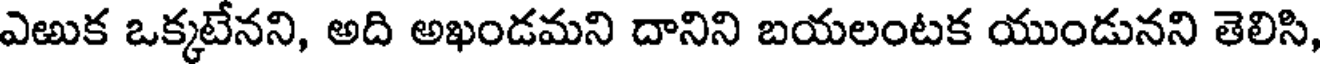
ఎఱుక ఒక్కటేనని, అది అఖండమని దానిని బయలంటక యుండునని తెలిసి,